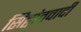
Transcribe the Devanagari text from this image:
सिद्वांतवादी